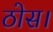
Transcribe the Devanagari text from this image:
ठोस।